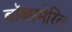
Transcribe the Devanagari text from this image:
बॉब्समेरिल